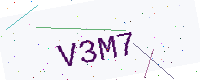
Text: V3M7